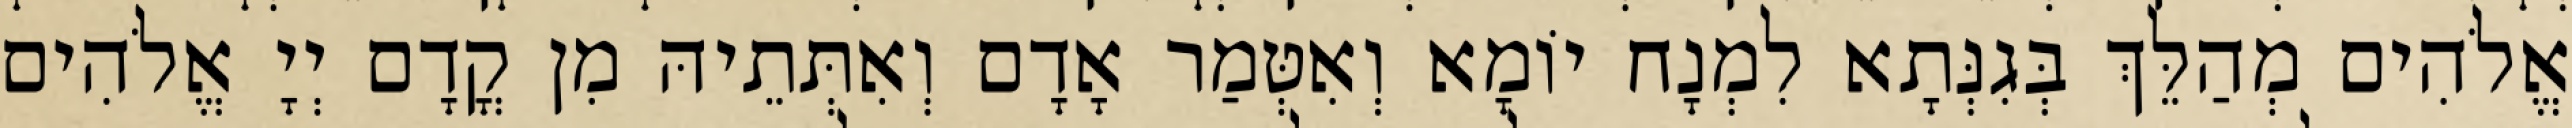
אֱלֹהִים מְהַלֵּךְ בְּגִנְּתָא לִמְנָח יוֹמָא וְאִטְּמַר אָדָם וְאִתְּתֵיהּ מִן קֳדָם יְיָ אֱלֹהִים